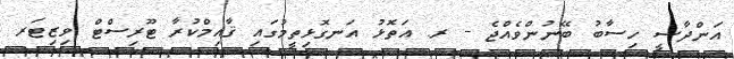
އަންދާސީ ހިސާބު ބޭނުންވެއްޖެ - ރ. އަތޮޅު އަނގޮޅިތީމުގައި ޤާއިމްކުރާ ޓޫރިސްޓް ވިޒިޓަރ